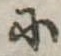
に